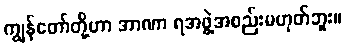
ကျွန်တော်တို့ဟာ အာဏာ ရအဖွဲ့အစည်းမဟုတ်ဘူး။